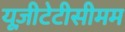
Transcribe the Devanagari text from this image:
यूज़ीटेटीसीमम